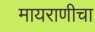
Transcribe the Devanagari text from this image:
मायराणीचा